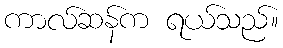
ကာလ်ဆန်က ရယ်သည်။